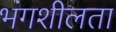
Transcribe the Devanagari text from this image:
भंगशीलता